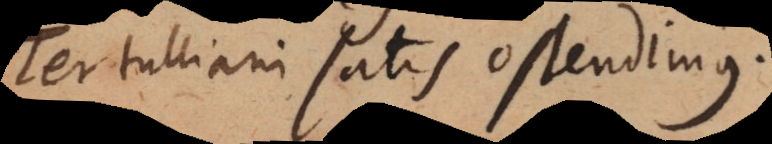
Tertulliani satis ostendimus.